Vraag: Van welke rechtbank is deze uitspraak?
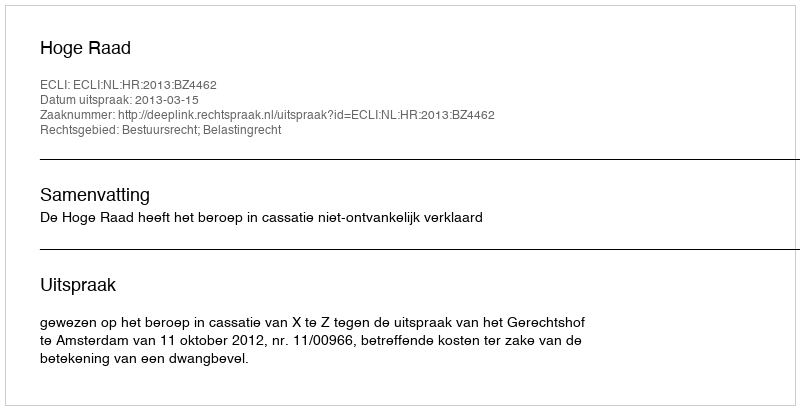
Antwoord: Hoge Raad